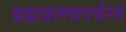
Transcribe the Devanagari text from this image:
ब्रह्मप्रलयपर्यन्तं